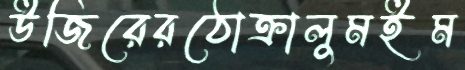
উজিরেরঠোক্‌রালুমইম